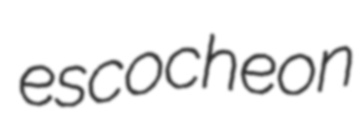
escocheon